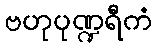
ဗဟုပုဏ္ဍရီကံ